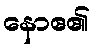
နောဧ၏